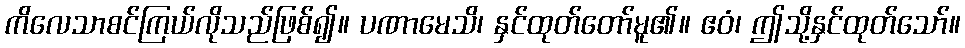
ကိလေသာစင်ကြယ်လိုသည်ဖြစ်၍။ ပဏာမေသိ၊ နှင်ထုတ်တော်မူ၏။ ဧဝံ၊ ဤသို့နှင်ထုတ်သော်။